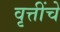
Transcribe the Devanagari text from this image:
वृत्तींचे